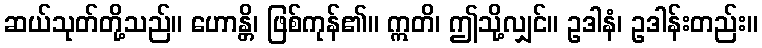
ဆယ်သုတ်တို့သည်။ ဟောန္တိ၊ ဖြစ်ကုန်၏။ ဣတိ၊ ဤသို့လျှင်။ ဥဒါနံ၊ ဥဒါန်းတည်း။